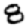
Digit: 8